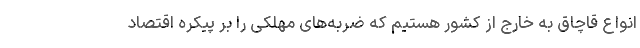
انواع قاچاق به خارج از کشور هستیم که ضربه‌های مهلکی را بر پیکره اقتصاد